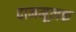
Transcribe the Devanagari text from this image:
दानमूलक